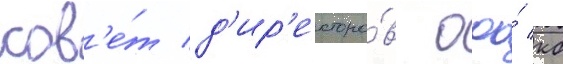
сов'е́т д'ир'екторо́в ооо́ кб